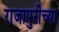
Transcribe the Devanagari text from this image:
राजापुरीच्या